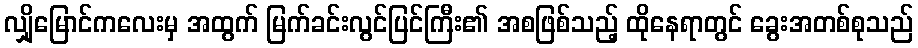
လျှိုမြောင်ကလေးမှ အထွက် မြက်ခင်းလွင်ပြင်ကြီး၏ အစဖြစ်သည့် ထိုနေရာတွင် ခွေးအတစ်စုသည်